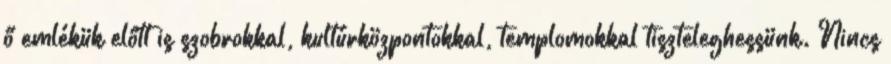
ő emlékük előtt is szobrokkal, kultúrközpontokkal, templomokkal tiszteleghessünk. Nincs